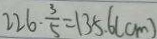
2 2 6 \cdot \frac { 3 } { 5 } = 1 3 5 . 6 ( m )